Indian journal of veterinary science and animal husbandry - Volume 8,
Year: 1938
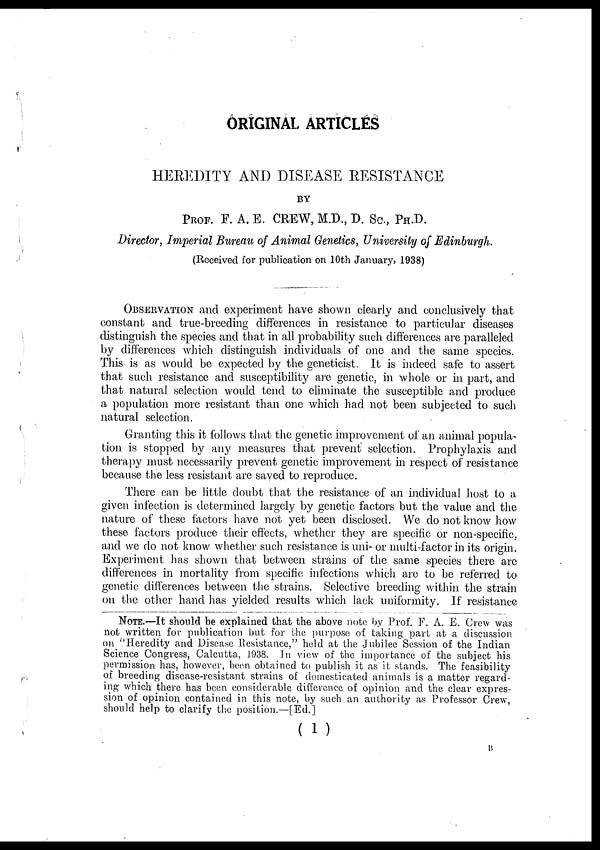
ORIGINAL ARTICLES
HEREDITY AND DISEASE RESISTANCE
BY
PROF. F. A. E. CREW, M.D., D. Sc., PH.D.
Director, Imperial Bureau of Animal Genetics, University of Edinburgh.
(Received for publication on 10th January, 1938)
OBSERVATION and experiment have shown clearly and conclusively that
constant and true-breeding differences in resistance to particular diseases
distinguish the species and that in all probability such differences are paralleled
by differences which distinguish individuals of one and the same species.
This is as would be expected by the geneticist. It is indeed safe to assert
that such resistance and susceptibility are genetic, in whole or in part, and
that natural selection would tend to eliminate the susceptible and produce
a population more resistant than one which had not been subjected to such
natural selection.
Granting this it follows that the genetic improvement of an animal popula-
tion is stopped by any measures that prevent selection. Prophylaxis and
therapy must necessarily prevent genetic improvement in respect of resistance
because the less resistant are saved to reproduce.
There can be little doubt that the resistance of an individual host to a
given infection is determined largely by genetic factors but the value and the
nature of these factors have not yet been disclosed. We do not know how
these factors produce their effects, whether they are specific or non-specific,
and we do not know whether such resistance is uni- or multi-factor in its origin.
Experiment has shown that between strains of the same species there are
differences in mortality from specific infections which are to be referred to
genetic differences between the strains. Selective breeding within the strain
on the other hand has yielded results which lack uniformity. If resistance
NOTE.—It should be explained that the above note by Prof. F. A. E. Crew was
not written for publication but for the purpose of taking part at a discussion
on "Heredity and Disease Resistance," held at the Jubilee Session of the Indian
Science Congress, Calcutta, 1938. In view of the importance of the subject his
permission has, however, been obtained to publish it as it stands. The feasibility
of breeding disease-resistant strains of domesticated animals is a matter regard-
ing which there has been considerable difference of opinion and the clear expres-
sion of opinion contained in this note, by such an authority as Professor Crew,
should help to clarify the position.—[ Ed. ]
( 1 )
B